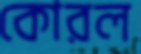
কোরল